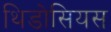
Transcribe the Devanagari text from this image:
थिडोसियस